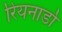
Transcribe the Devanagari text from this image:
रियनार्डो